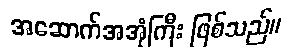
အဆောက်အအုံကြီး ဖြစ်သည်။